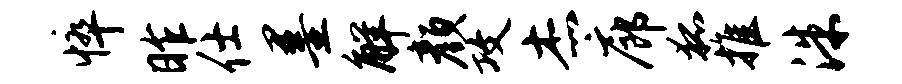
悴昨仕墨解颜攻杰廊狐推洙